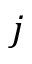
j